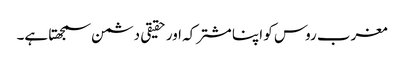
مغرب روس کو اپنا مشترکہ اور حقیقی دشمن سمجھتا ہے۔